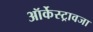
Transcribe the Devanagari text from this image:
ऑर्केस्ट्रावजा